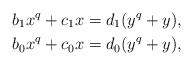
\begin{align*}b_1 x^q + c_1 x &= d_1(y^q + y),\\b_0 x^q + c_0 x &= d_0(y^q + y),\end{align*}